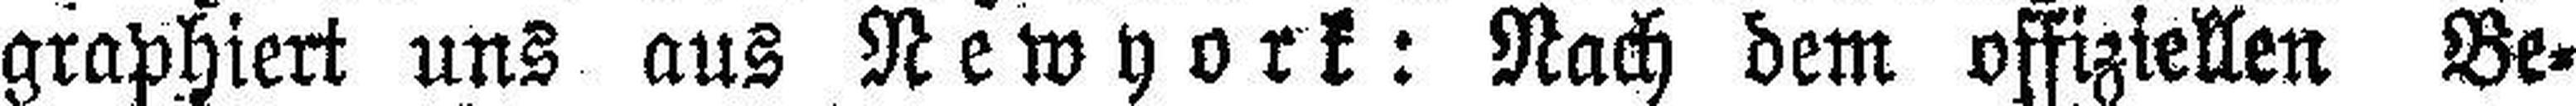
graphiert uns aus Newyork: Nach dem offiziellen Be¬